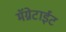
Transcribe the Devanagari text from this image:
मॅग्नेटाईट